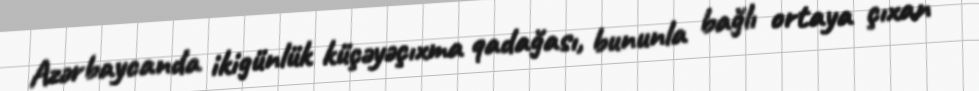
Azərbaycanda ikigünlük küçəyəçıxma qadağası, bununla bağlı ortaya çıxan